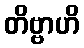
တိဗ္ဗာဟိ